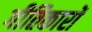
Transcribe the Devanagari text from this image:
गीतिकारों